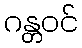
ဂန္တဝင်